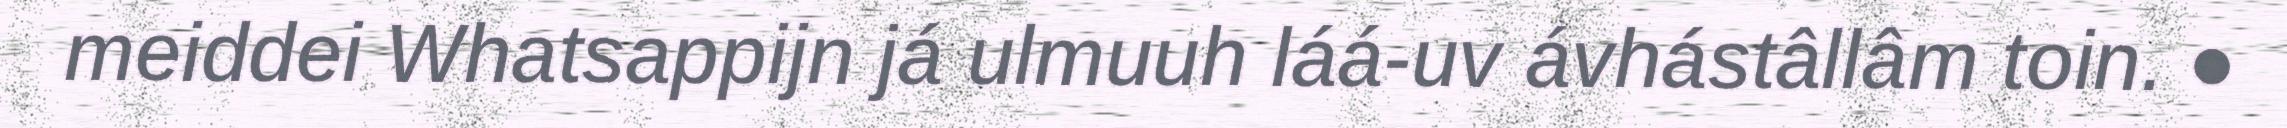
meiddei Whatsappijn já ulmuuh láá-uv ávhástâllâm toin. ●